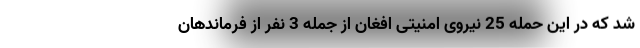
شد که در این حمله 25 نیروی امنیتی افغان از جمله 3 نفر از فرماندهان